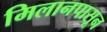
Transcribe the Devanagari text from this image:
मिलानपासून